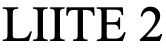
LIITE 2